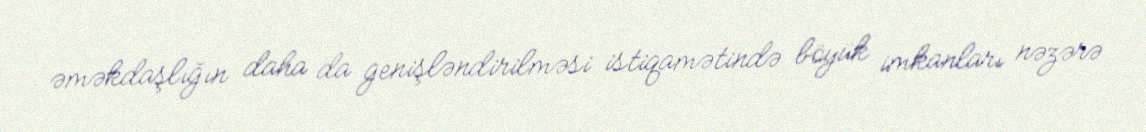
əməkdaşlığın daha da genişləndirilməsi istiqamətində böyük imkanları nəzərə